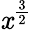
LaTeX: \mathit{x}^{\frac{{3}}{{2}}}